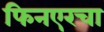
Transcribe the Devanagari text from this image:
फिनएरचा